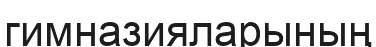
гимназияларының